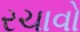
રચાવો